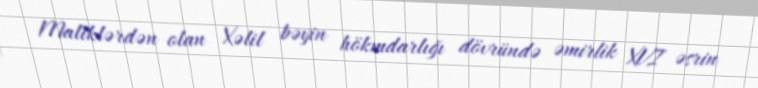
Maliklərdən olan Xəlil bəyin hökmdarlığı dövründə əmirlik XVI əsrin